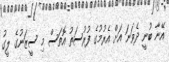
އޭނާ ބުނީ ދެވަނަ އަށް އެރުމުގެ ފުރުސަތު އޮތަސް މި ސީޒަނުގެ ލީގު